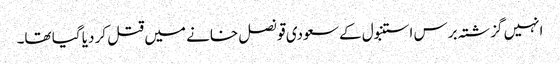
انہیں گزشتہ برس استنبول کے سعودی قونصل خانے میں قتل کر دیا گیا تھا۔